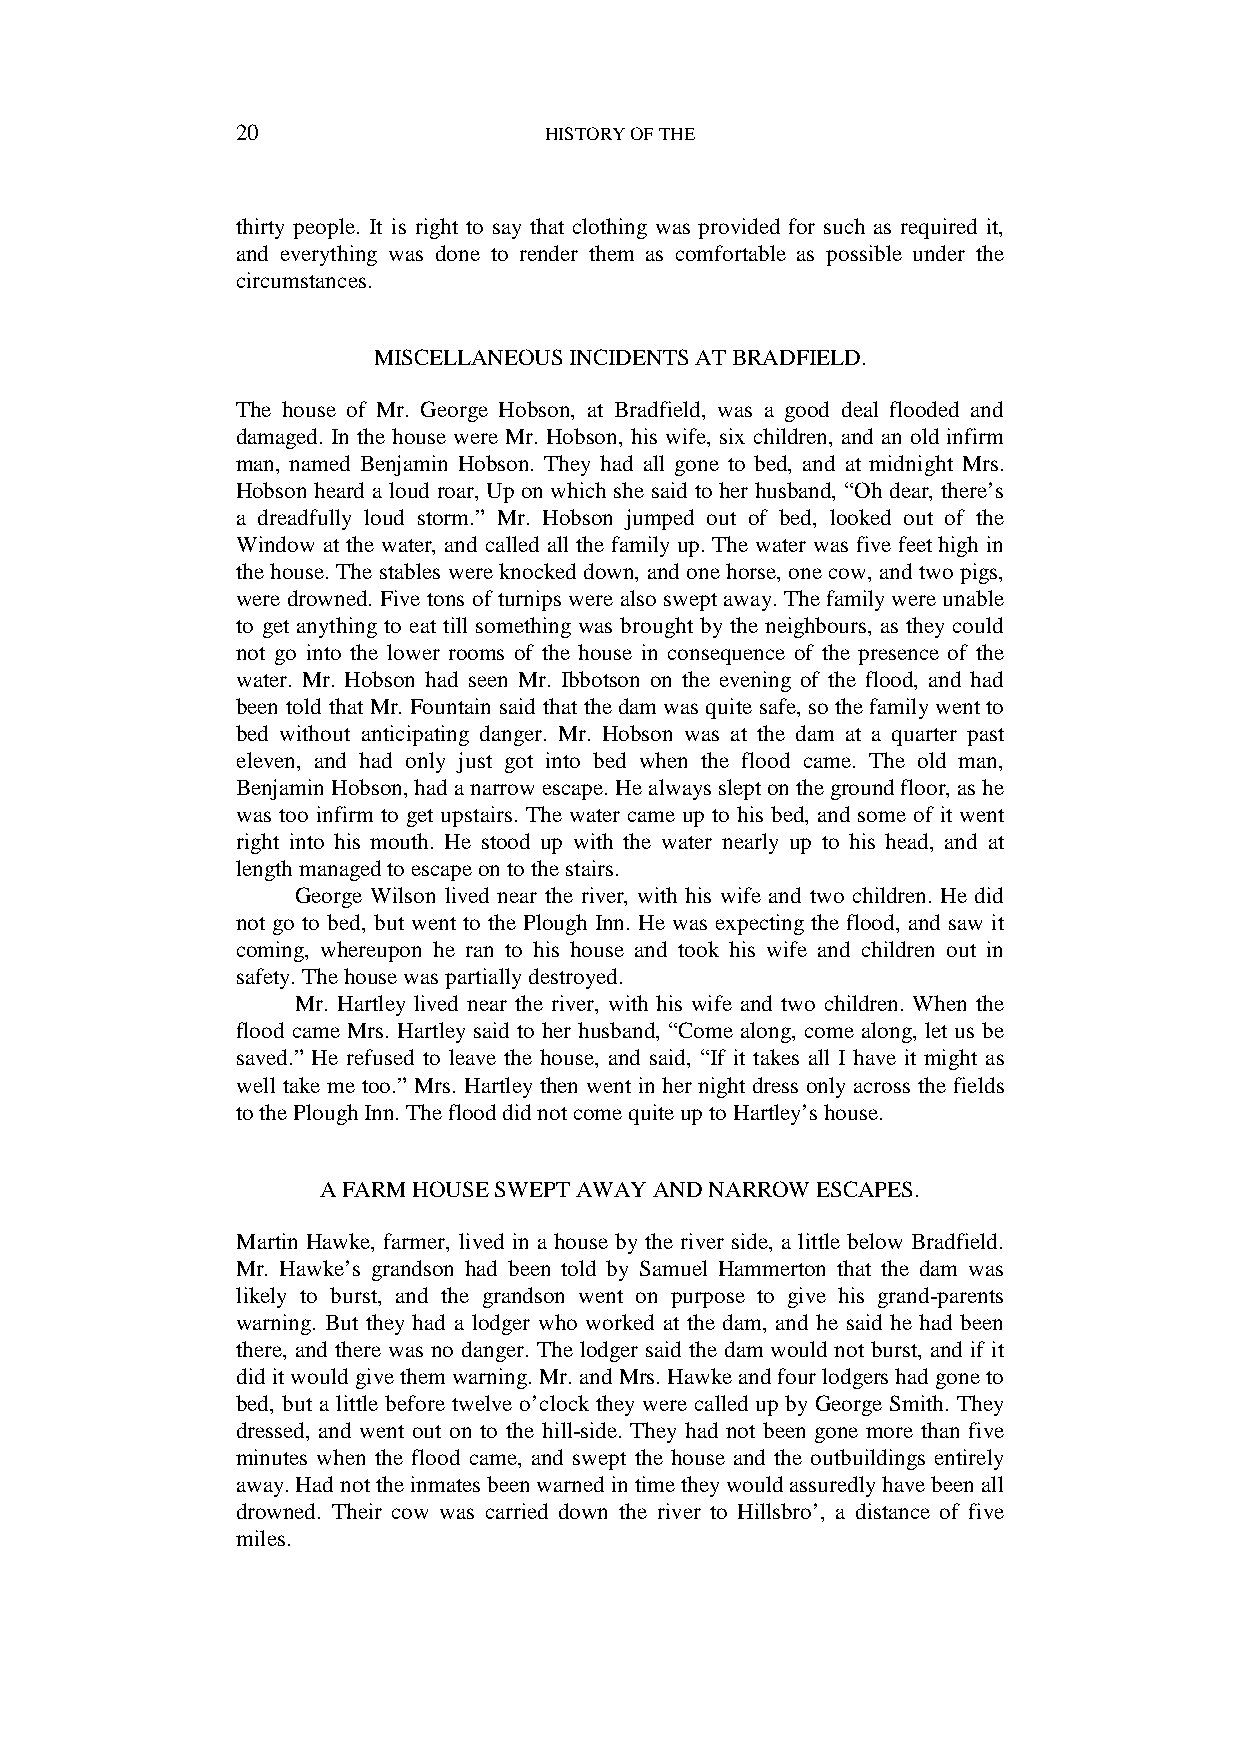
20                  HISTORY OF THE
 thirty people. It is right to say that clothing was provided for such as required it,
 and everything was done to render them as comfortable as possible under the
 circumstances.
 MISCELLANEOUS INCIDENTS AT BRADFIELD.
 The house of Mr. George Hobson, at Bradfield, was a good deal flooded and
 damaged. In the house were Mr. Hobson, his wife, six children, and an old infirm
 man, named Benjamin Hobson. They had all gone to bed, and at midnight Mrs.
 Hobson heard a loud roar, Up on which she said to her husband, “Oh dear, there’s
 a dreadfully loud storm.” Mr. Hobson jumped out of bed, looked out of the
 Window at the water, and called all the family up. The water was five feet high in
 the house. The stables were knocked down, and one horse, one cow, and two pigs,
 were drowned. Five tons of turnips were also swept away. The family were unable
 to get anything to eat till something was brought by the neighbours, as they could
 not go into the lower rooms of the house in consequence of the presence of the
 water. Mr. Hobson had seen Mr. Ibbotson on the evening of the flood, and had
 been told that Mr. Fountain said that the dam was quite safe, so the family went to
 bed without anticipating danger. Mr. Hobson was at the dam at a quarter past
 eleven, and had only just got into bed when the flood came. The old man,
 Benjamin Hobson, had a narrow escape. He always slept on the ground floor, as he
 was too infirm to get upstairs. The water came up to his bed, and some of it went
 right into his mouth. He stood up with the water nearly up to his head, and at
 length managed to escape on to the stairs.
 George Wilson lived near the river, with his wife and two children. He did
 not go to bed, but went to the Plough Inn. He was expecting the flood, and saw it
 coming, whereupon he ran to his house and took his wife and children out in
 safety. The house was partially destroyed.
 Mr. Hartley lived near the river, with his wife and two children. When the
 flood came Mrs. Hartley said to her husband, “Come along, come along, let us be
 saved.” He refused to leave the house, and said, “If it takes all I have it might as
 well take me too.” Mrs. Hartley then went in her night dress only across the fields
 to the Plough Inn. The flood did not come quite up to Hartley’s house.
 A FARM HOUSE SWEPT AWAY AND NARROW ESCAPES.
 Martin Hawke, farmer, lived in a house by the river side, a little below Bradfield.
 Mr. Hawke’s grandson had been told by Samuel Hammerton that the dam was
 likely to burst, and the grandson went on purpose to give his grand-parents
 warning. But they had a lodger who worked at the dam, and he said he had been
 there, and there was no danger. The lodger said the dam would not burst, and if it
 did it would give them warning. Mr. and Mrs. Hawke and four lodgers had gone to
 bed, but a little before twelve o’clock they were called up by George Smith. They
 dressed, and went out on to the hill-side. They had not been gone more than five
 minutes when the flood came, and swept the house and the outbuildings entirely
 away. Had not the inmates been warned in time they would assuredly have been all
 drowned. Their cow was carried down the river to Hillsbro’, a distance of five
 miles.